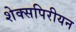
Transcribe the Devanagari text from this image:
शेक्सपिरीयन